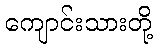
ကျောင်းသားတို့